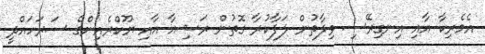
އެމެރިކާ އާއި އިނގިރޭސި ވިލާތުން ލަފާކުރާ ގޮތުން ރަޝިއާ އާއި ޔޫކްރެއިންގެ ސަރަހައްދީ